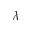
\lambda